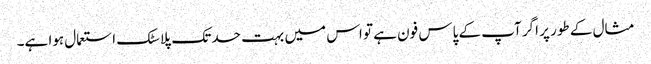
مثال کے طور پر اگر آپ کے پاس فون ہے تو اس میں بہت حد تک پلاسٹک استعمال ہوا ہے۔